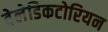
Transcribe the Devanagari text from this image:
वेलेडिकटोरियन